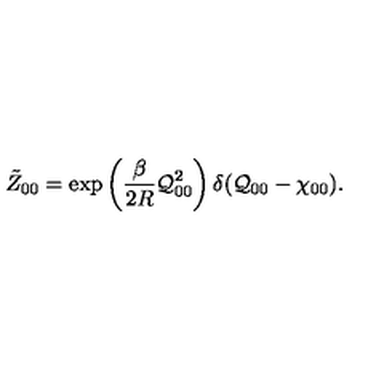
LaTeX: \tilde { Z } _ { 0 0 } = \exp \left( \frac { \beta } { 2 R } { \cal Q } _ { 0 0 } ^ { 2 } \right) \delta ( { \cal Q } _ { 0 0 } - \chi _ { 0 0 } ) .